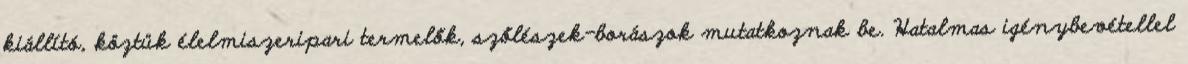
kiállító, köztük élelmiszeripari termelők, szőlészek-borászok mutatkoznak be. Hatalmas igénybevétellel